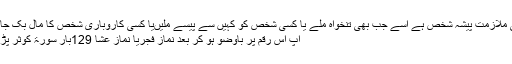
اس عمل کا طریقہ درج ذیل ہے، اگر کوئی ملازمت پیشہ شخص ہے اسے جب بھی تنخواہ ملے یا کسی شخص کو کہیں سے پیسے ملیںیا کسی کاروباری شخص کا مال بک جائے اور اس کے بدلے میں رقم ہاتھ آئے تو
آپ اس رقم پر باوضو ہو کر بعد نماز فجریا نماز عشا 129بار سورۃ کوثر پڑ ھ کر دم کریں(اول و آخر درود ابراہیمی )۔